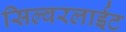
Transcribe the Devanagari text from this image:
सिल्वरलाईट